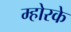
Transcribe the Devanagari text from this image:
म्होरके